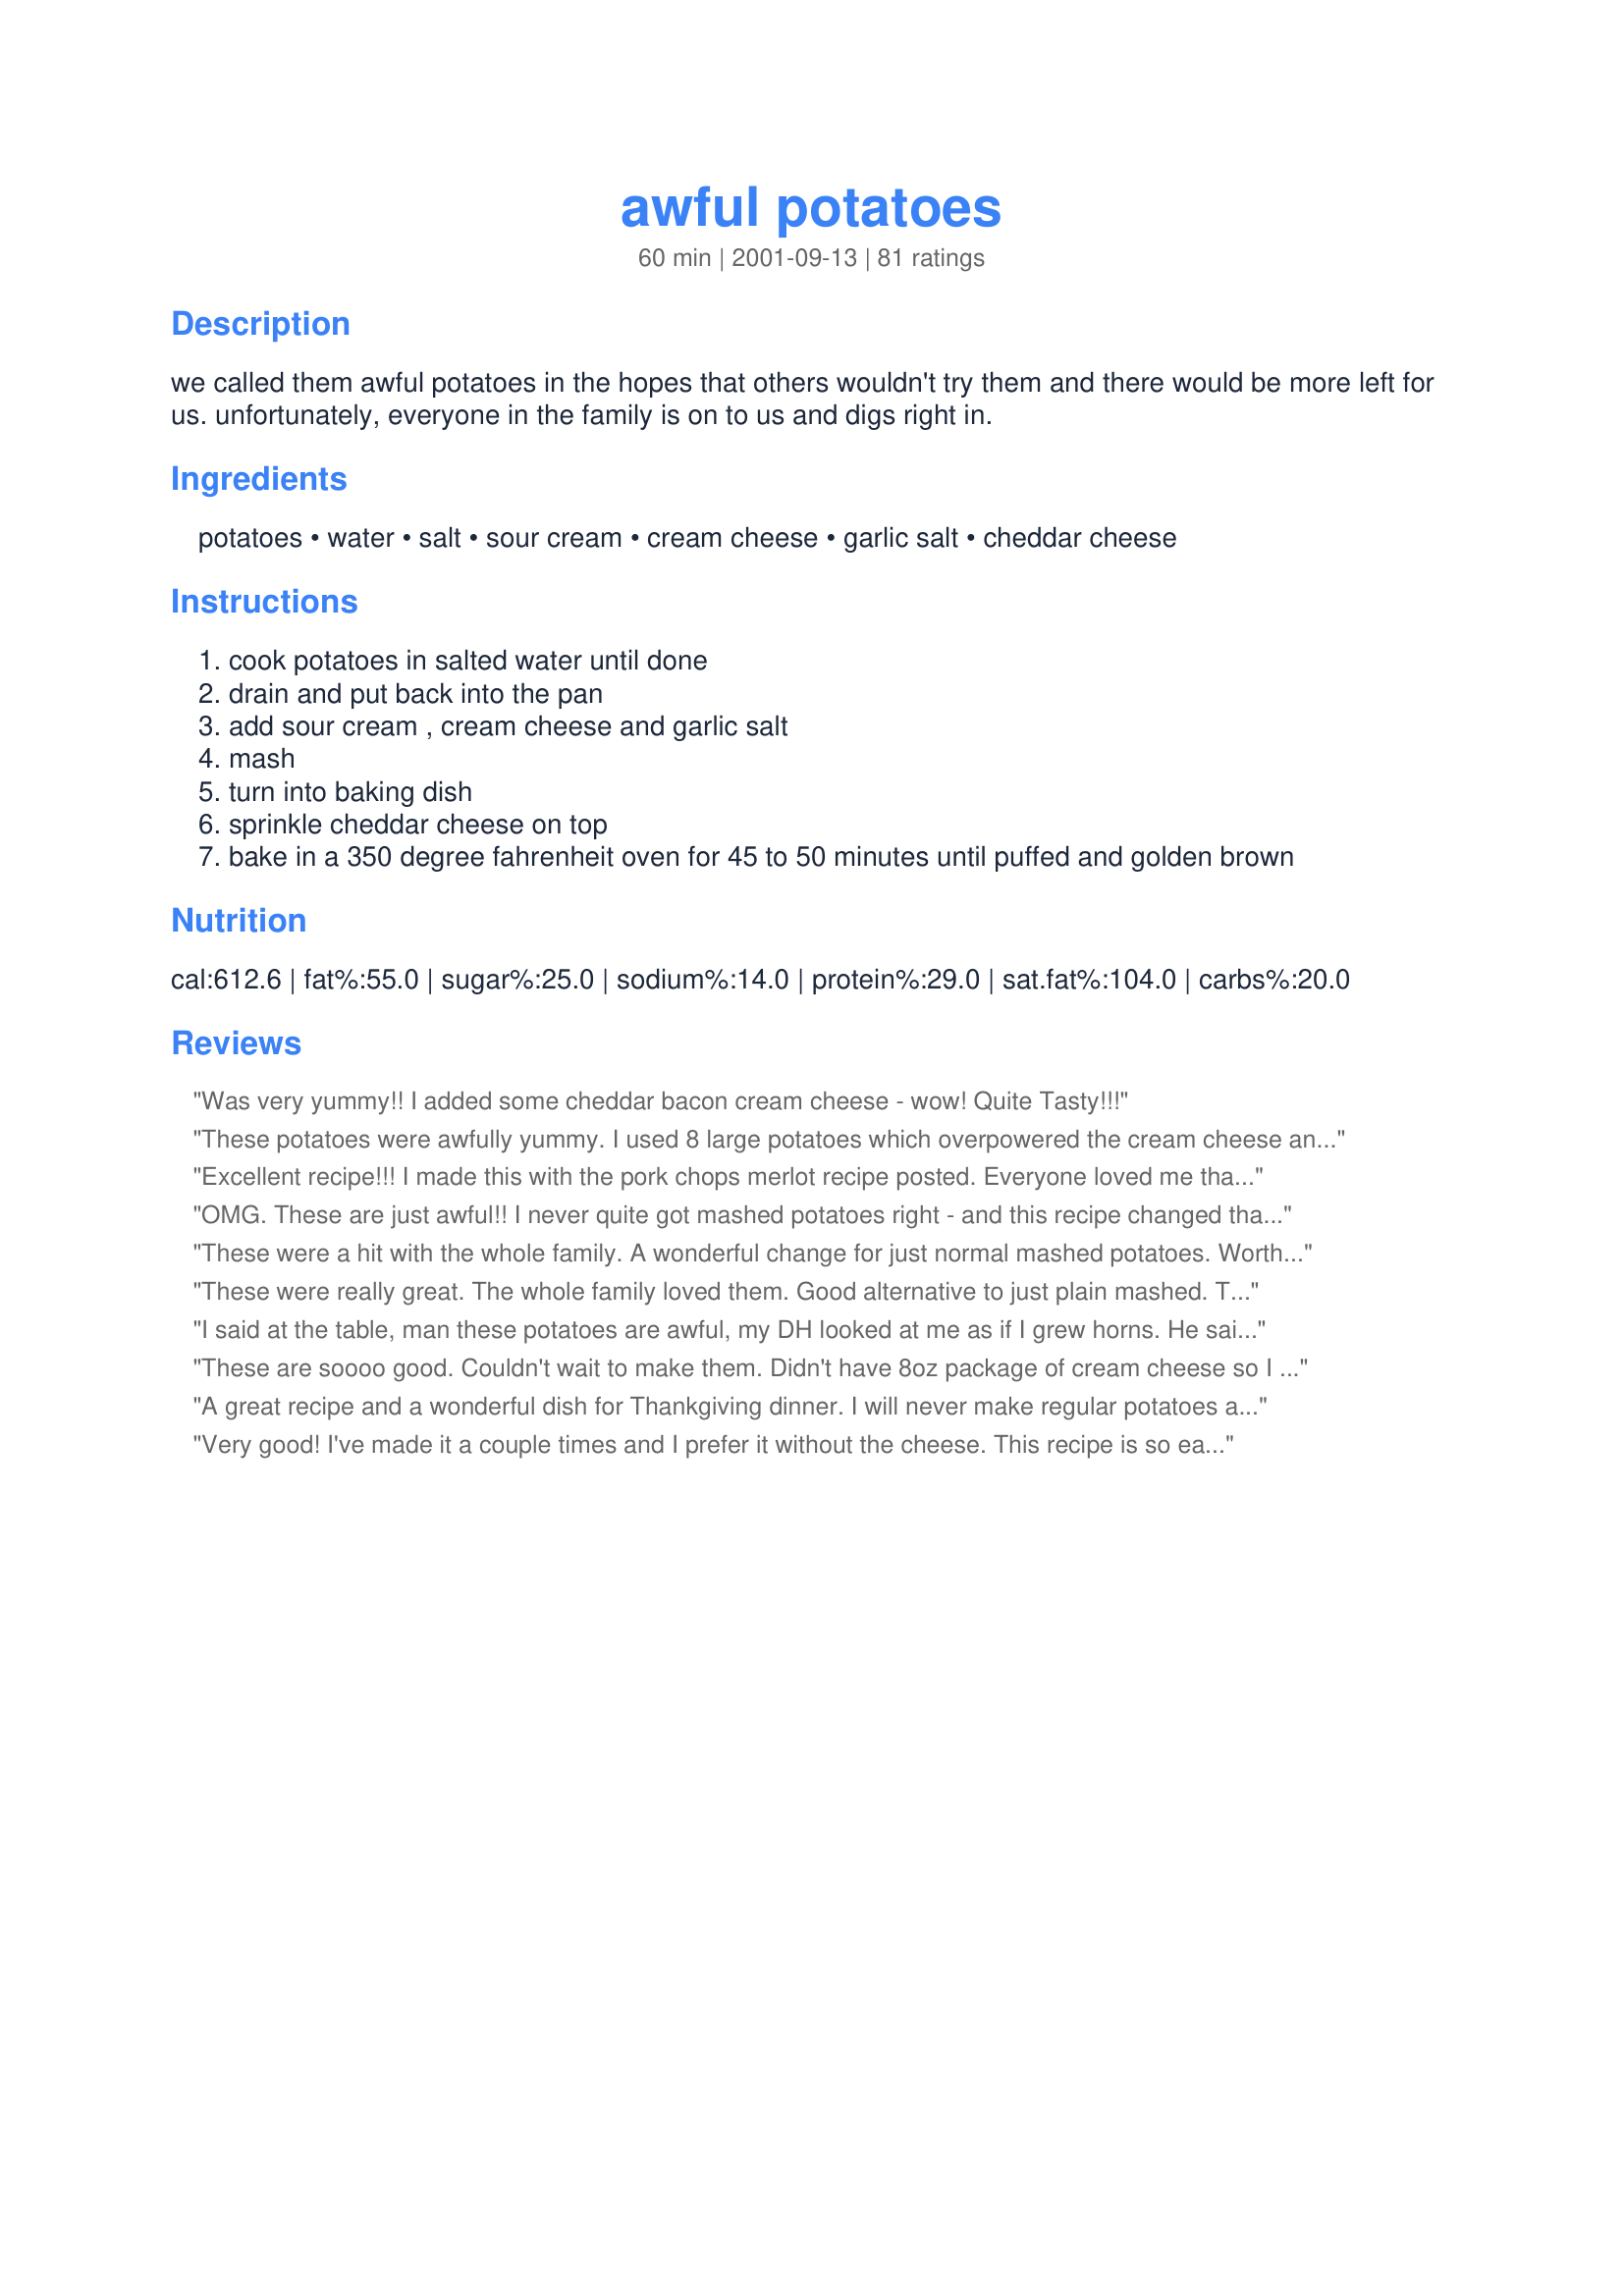
awful potatoes
Preparation time: 60 minutes

we called them awful potatoes in the hopes that others wouldn't try them and there would be more left for us. unfortunately, everyone in the family is on to us and digs right in.

Ingredients:
potatoes, water, salt, sour cream, cream cheese, garlic salt, cheddar cheese

Steps:
cook potatoes in salted water until done
drain and put back into the pan
add sour cream , cream cheese and garlic salt
mash
turn into baking dish
sprinkle cheddar cheese on top
bake in a 350 degree fahrenheit oven for 45 to 50 minutes until puffed and golden brown

Reviews:
Was very yummy!! I added some cheddar bacon cream cheese - wow! Quite Tasty!!!
These potatoes were awfully yummy. I used 8 large potatoes which overpowered the cream cheese and sour cream taste. Next time I'll only use 6 medium-sized potatoes.
Excellent recipe!!! I made this with the pork chops merlot recipe posted. Everyone loved me that night!!! This is a great recipe to make if you have company coming over. I just used fresh garlic instead of garlic salt.
OMG. These are just awful!! I never quite got mashed potatoes right - and this recipe changed that VERY quickly! This is definitely a keeper. I added diced onion and some cheddar to the potatoes. YUM YUM. Thanks for sharing!
These were a hit with the whole family. A wonderful change for just normal mashed potatoes. Worth the little extra effort.
These were really great. The whole family loved them. Good alternative to just plain mashed. Thanks!
I said at the table, man these potatoes are awful, my DH looked at me as if I grew horns. He said no they are really good. :) The only thing I did different was to add some garlic to the potatoes as they were cooking, and used colby and jack cheese as I didn't have cheddar, no matter they were delicious. Thanks for a great way to make my favorite potatoe!
These are soooo good. Couldn't wait to make them. Didn't have 8oz package of cream cheese so I used a 8oz tub of cream cheese with onions and chives. Only had 3/4 cup of sour cream so I added about 1/4th cup half n half. Wasn't sure if they were suppose to be covered, but I did cover them with foil. Served them with Boneless Pork Roast (23942). Made for a wonderful dinner. Thanks Carolle for such a tasty recipe.
A great recipe and a wonderful dish for Thankgiving dinner. I will never make regular potatoes again!
Very good! I've made it a couple times and I prefer it without the cheese. This recipe is so easy it's perfect for any night.
This was a fantastic dish, easy to make. I substituted garlic powder for the garlic salt, that is just a personal preference however. There was not a bite left in the pan. Fantastic recipe that will be added to my everyday collection.
This recipe was fabulous! Thanks so much! I am adding it to my top ten recipes. My family raved about it! Thanks for posting it!
I made these for a dinner party recently. They were a huge hit. I had NO leftovers. I added some minced garlic and whipping cream as well. YUMMY!!!
Great recipe! My husband does not like sour cream but he loved these. I used light sour cream and light cream cheese, but the tast was very good.
Thanks, Carolle!!
Very tasty and a great change of pace from regular mashed potatoes. Mine turned out a little bit dry, could have been my fault but next time i think I might add a little milk before baking. Either way excellent recipe and a new favorite around here!!!!
This was very easy to make and prefect for making ahead but there was something about it that I just didn't like. They were too something, tangy maybe? I will say they all got eaten, there were no left overs but I don't think I'll be doing this again, something in there I didn't like. Thanks for sharing though.
Oh yuck! These were as awful as the name said! Really, don't make them, just send me all your cream cheese, sour cream and potatoes and I'll take them off your hands...... ;)
I watch food network every chance I get.. I really enjoy it
Just made these for the first time for a family birthday dinner. They were a huge hit, and they disappeared quickly!!! The only change that I made to this recipe, was that I added Oscar Mayer Real Crumbled bacon (in a jar) to them, and that added a nice flavor. Thanks for a great variation to mashed potatoes, and hash browns.
These awful potatoes sure did taste awful, good that is!
I didn't use as much sour cream as called for, and used lite cream cheese. My son loved them, thanks for posting. =)
I made meatloaf last night for dinner and didn't want the same old mashed potatos. These tasted great! Nice change of pace from just buttered potatos.
These were good tasting, but I thought it was a little time consuming for the end result. Don't get me wrong, I will make again, but this time I'll give myself more time. I guess I didn't read it through carefully so had already started the rest of my dinner when I realized I had made an error, and they still need to be baked. Also I am unsure what you mean by a carton of sour cream? Multiple sizes out there so I winged it.
So delicious! 3 of us nearly finished the whole pan of it!
I used low fat cream cheese and sour cream, so I don't feel as guilty...definitely a keeper!
Delish!! I made this for our thanksgiving family dinner this year and it was great! I also used the low fat sour cream and cream cheese and i omitted the garlic, since some of my family members dont really care for it ( i know, crazy right?!) and it was wonderful! thanks for the great recipe!
I added 1/2 of an onion, pretty amazing!
I made these for Thanksgiving and they was a hit.If you are tired of making mashed potatoes and gravy these are great.
Great recipe! Thanks for posting
These were great. Easy to make and beautiful texture; I can't believe how creamy they were without milk. I only used half the amount of cream cheese called for. I baked at a higher temp for a shorter time. They tasted like twice baked potatoes without all the fuss. MMM! My whole family loved them!
This has been a family favorite for a long time in my house. I only used 1 cup fat-free sour cream and 3 ounces low-fat cream cheese to serve up a light mashed potato.
This is an absolutely wonderful recipe! It is very flavorful and easy to make. It is a definite keeper! (I tried it using coarse ground garlic salt with parsley, butter, 1/4 c cream and 1/2 c parmesan.)
I LOVED THIS!!! My 4 year old loved them as well. Really creamy and moist, we used 6 normal size potatoes and followed the recipe, and it was super!! Thanks!
Served these for my dinner club, everyone loved them! Completely fabulous!
This was a wonderful dish. My dh liked it alot. Next time I think I will put bacon in it before baking.
So good! Used 8 potatoes, low fat sour cream, low fat cream cheese, and 2% cheddar - still fantastic and a wee bit healthier.
These are great and so easy to make ahead of time. I use red potatoes and leave the skins on (more fiber and tastes great) and boil a few cloves of garlic with the potatoes and mash them right in instead of using the garlic salt. I also add fresh ground pepper while mashing.
I used fat free cream cheese and light sour cream and it was still amazing! Only 5 Weight Watchers Points for 1 serving. Not bad for amazing potatoes.
We treated ourselves to these last night.
Not exactly diet fare but so worth it!
I made some of Bergy's oven barbecued ribs
(#88486), my favorite coleslaw served it up with a couple of cold Coronas.
It made for an easy, fun and delish Friday night supper.
These were so easy to put together. I kept having to add salt &amp; then black pepper (the recipe wasn&#039;t specific as to how much salt) to get it to taste to our liking. I put 2 cut cloves of garlic in the water I cooked the potatoes in to give them a little extra garlic flavor.I greased the dish I baked it in with butter (mmm); added about 3 T butter to the potatoes and about 1/4 c. heavy cream I needed to use up (they were a little dry after I put it all together). Lastly, my ribs were done just a little ahead of the potatoes, so I turned on the broiler and let the cheese brown just a bit, fabulous! Thanks for sharing.
Delicious! I made the day before serving, so the flavors would blend. I added some roasted garlic and used about 1 cup of cheddar.
These potatoes are sooooooooo good!! I made them exactly as the recipe said and served them with baby back ribs. My whole family loved them. They are so much easier than twice baked potatoes with all of the same flavors. Thanks for posting!!
So good and so easy!! I'll definately be making this again. Although I may add the cheese right at the end so that it's gooey rather than baked on! Thanks for sharing!!
These are fabulous! I was hoping for leftovers for lunch the next day but it didn't happen!
Tasty!! I probably didn't use enough potatoes b/c mine were very rich and creamy. The cream cheese overpowered the rest, but it was still yummy!! Next time I will use more taters!!I wasn't sure how much sour cream to use so I used about half of a 16oz container.
Tasted good. Thank you for posting.
Terriffffffffffffffic.... Will make many times.
nice to make ahead , but make lots i added garlic as well ,DELICIOUS
These were nice for a change of pace from regular potatoes but not great. I think if I would have added crumbled bacon to them and maybe some green onions it would have made them better. I'm sorry they just didn't have enough flavor for us.
This recipe is just awful :) It was the perfect side for our prime rib Christmas dinner. Thanks for sharing!
"Awfully" good, much like I usually make mashed potatoes, just baked afterwards. Thanks!
I make these for my Legion Aux. ladies every fall and they love them. Some ladies remind me in the summer to remember to make them at the fall dinner. They are very good!. thank you
These were tasty! I halved the recipe and they were perfect!
These where a super hit in my house my son wanted me to make these for the 4th. Believe me that is quite the 
endorsement. And finding something that both my husband son like is amazing fete. I served this with Recipenut's Steakhouse london Broil #39942 What tasty meal.
Awesomely ugly. I will be making this again.

I've not been around for a while and thought I had entered one of Amy's recipes however I can't find it. Hopefully I'm not. If I am that's fine because I made it in the memory of Amy.

Team F
Even My 6 yearold son an anti potatoe eater loved em quick easy and a new addition to meal planning
So rich, delicious and a perfect part of our Thanksgiving dinner. This tasted almost like a baked potato - just better!
I have made this twice and both times they where a hit. It's a great change and makes the meal feel like it's special.
Super yummy!! Thanks for sharing!
When I told my husband the name of these...he was a little concerned. However, they turned out great and he loved them. THanks for posting.
Wow! These were soooo good! I love that there are so many possibilities. I followed the recipe, but cut it in half and added fresh garlic and some shredded Mexican cheese I already had on hand. We'll definitely be making these again!
This is a nice change from the usual mashed potatoes dish. It is rather rich, but it's delicious.
Awfully, awfully good! My picky daughter was the most enthusiastic of all.
When I made this, we added some extra ingredients. We added miced garlic along with wipping cream. We also added a cup of chedder. After we put it in the pan to make it pretty =], we sprinkled some grated chedder cheese on top along with a dash of garlic salt, but just enough so you can taste it, but not too strong. I've made this a lot and everyone loved it. Thanks for posting this awful recipe ;)
This was so good and easy to make. It's a litte time consuming, but what potato recipe isn't! My family loved these! Thanks!
These "awful" potatoes are delicious! A little time consuming for a quick dinner, but if allowed enough time, well worth the wait! My family devoured them, even my non potato eaters loved them! Thanks!
Made this with Inez's Garlic Pork Roast, What a nice meal for a cold winter night!!
I have made something quite similar to these potatoes. Yes, they are really, really awful! So much so, that they disappeared....and not in the garbage!!!
These potatoes were so "awful" I will have to make them over and over! I used light soft cream cheese and light sour cream, added a bit of garlic powder, and they turned out great. What a shame I'll have to feed this to my family again and again to try and get it right. :)~
Great side dish recipe! This will be great to make for my Sunday Dinners and maybe for Christmas dinner...thanks
Hands down some of the best potatoes I have ever made or had. I made these last night as a side dish to beer braised country style pork ribs with BBQ Sauce, beans and rolls. I boiled Yukon Potatoes with garlic, used low fat cream cheese, low fat sour cream and added pepper, kosher salt, and crushed red peppers to the shredded cheese topping. It was a huge hit with the hubby and his best friend. Not only for dinner, but lunch, and dinner again the next day! I will have to make this every so often. Delish! Thank you for this
I wish I could give this ten stars. They were worth every sinfully delicious calorie! Excellent with our Easter ham
These are the best mashed potatoes we have ever had, and so easy to make. Thanks so much for the recipe.
OUTSTANDING!!!!!! I made these for dinner last night and OMG they were so good. I will definately be making these again and sharing the recipe with friends. Thanks for the recipe it's keeper in my book for sure.
I just made this recipe last night and it was a big hit. I made a few alterations, though: I had a small ham steak that wouldn't have been enough for the whole family, so I cubed that and added it to the potatoes, along with onion powder and black pepper. Also, because we love cheese so much in my house, I put two cups over the top. DELICIOUS!
Easy and yummy!!! Next time I may add chives.
Yep! I used frozen shredded potates thawed in the microwave, added the rest of the ingredients, mashed and baked as suggested. They are great. When I make my Good Old Meatloaf #329520 I always make my cheesy potatoes, not anymore, this are my new staple for this meal! Thanks so much, keep your recipes coming!
These potatoes are awesome...I added garlic in with the potatoes while boiling. I also added chives and mixed some cheese in with the potatoes.
MMMMMmmmmm!!! These were ANYTHING BUT "awful" and my family couldn't get enough! I would give this dish more stars if I could. What a keeper! Thank you for sharing!
Terrific and easy to make! Fantastic flavor - make sure you don't skimp on the garlic salt! I used 8 oz. ff sour cream, and 8 oz. reduced-fat cream cheese and an 11x7 pyrex dish, which made (IMHO) perfect potatoes!
Awful, just awful! These were great actually. Thanks for the great side dish!
My wife & I were "awfully" surprised @ how good this dish was. A great alternative to baked or mashed potatos.
Very easy and tasty, thank you!
